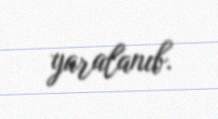
yaralanıb.